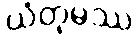
ယံတုမဿ